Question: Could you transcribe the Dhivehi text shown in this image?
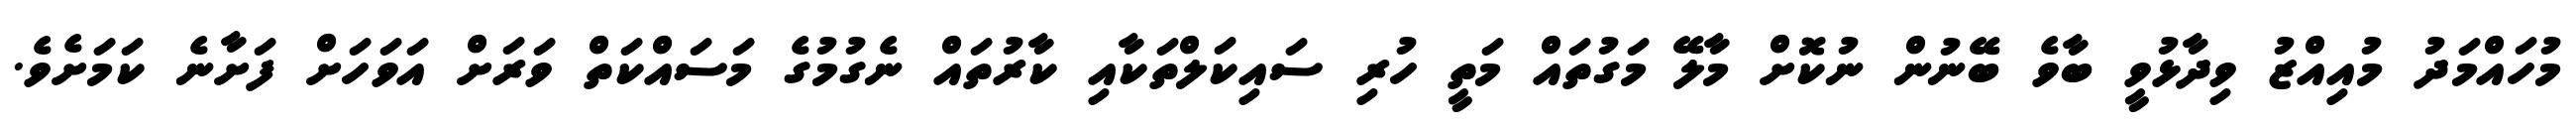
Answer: މުހައްމަދު މުއިއްޒު ވިދާޅުވީ ބާވެ ބޭނުން ނުކޮށް މާލޭ މަގުތައް މަތީ ހުރި ސައިކަލްތަކާއި ކާރުތައް ނެގުމުގެ މަސައްކަތް ވަރަށް އަވަހަށް ފަށާނެ ކަމަށެވެ.